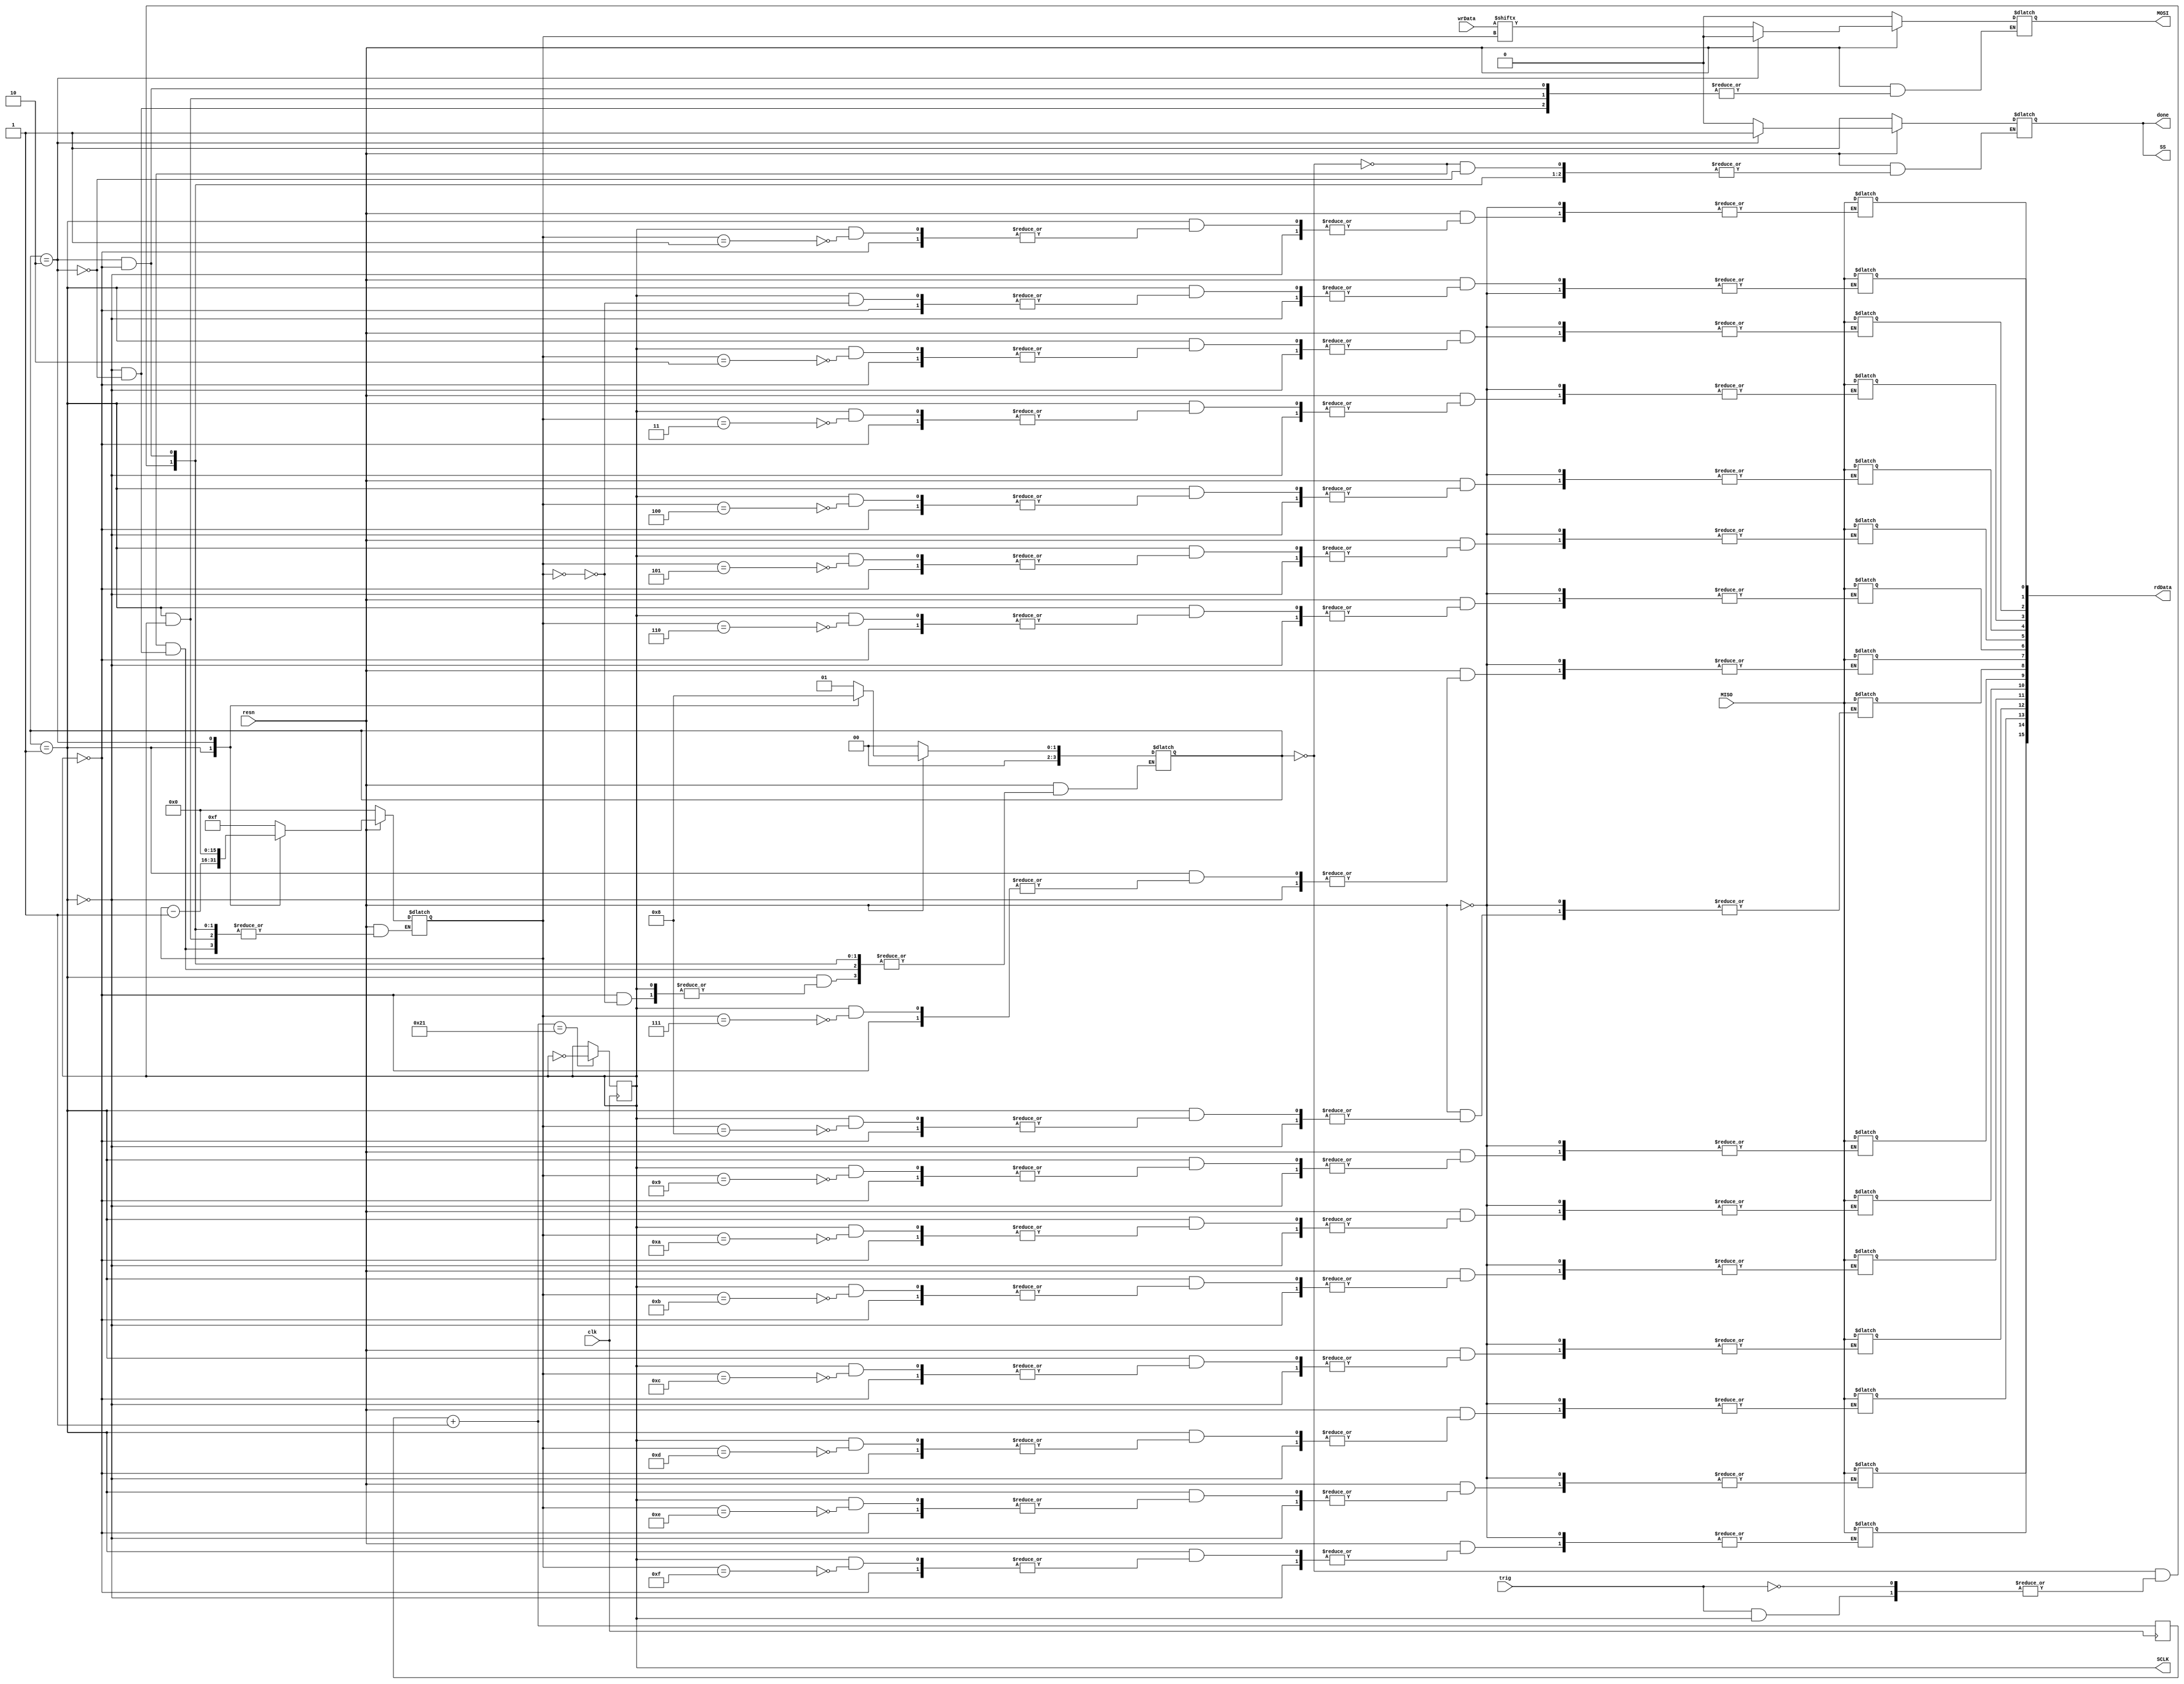
module spi (
	    input wire 	      clk,
	    input wire 	      resn,
	    input wire 	      trig,
	    output wire       done,
	    output reg [15:0] rdData,
	    input wire [15:0] wrData,

	    // SPI interface
	    output reg 	      SCLK,
	    output reg 	      SS,
	    output reg 	      MOSI,
	    input wire 	      MISO
	    );
   reg [3:0] 		      state;
   reg [15:0] 		      bitCount;
   reg [15:0] 		      clkCounter;

   // Generate SPI clock
   // ADC operates from 0.8 to 3.2 MHz
   always @ (posedge clk) begin
      clkCounter = clkCounter + 1;
      if (clkCounter == 33) begin
         SCLK <= !SCLK;
      end
   end

   always @ (SCLK) begin
      if (!resn) begin
         SS <= 1;
         MOSI <= 0;
         state <= 0;
         bitCount <= 0;
      end else begin
         case (state)
           0: begin
              // Idle
              if (trig) begin
                 if (SCLK == 0) begin
                    // SS should be lowered on the first falling edge of SCLK
                    SS <= 0;
                    state <= 1;
                    bitCount <= 15;
                 end
              end
           end

           1: begin
              if (SCLK == 0) begin
                 // In order to avoid potential race conditions, the
                 // user should generate MOSI on the negative edges of SCLK.
                 MOSI <= wrData[bitCount];
                 bitCount <= bitCount - 1;
                 if (bitCount == 0) begin
                    state <= 2;
                 end
              end else begin
                 // Capture data bits on the rising edge of SCLK.
                 rdData[bitCount] <= MISO;
              end
           end

           2: begin
              if (SCLK == 1) begin
                 // SS should be raised on the last rising edge of an operational frame.
                 SS <= 1;
                 MOSI <= 0;
                 state <= 0;
                 bitCount <= 0;
              end
           end

           default: ;
         endcase
      end
   end

   assign done = SS;
endmodule